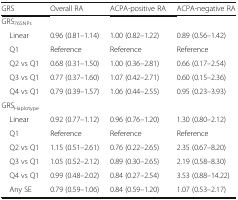
<table><thead><tr><td><b>GRS</b></td><td><b>Overall RA</b></td><td><b>ACPA-positive RA</b></td><td><b>ACPA-negative RA</b></td></tr></thead><tbody><tr><td colspan="4">GRS<sub>76SNPs</sub></td></tr><tr><td> Linear</td><td>0.96 (0.81–1.14)</td><td>1.00 (0.82–1.22)</td><td>0.89 (0.56–1.42)</td></tr><tr><td> Q1</td><td>Reference</td><td>Reference</td><td>Reference</td></tr><tr><td> Q2 vs Q1</td><td>0.68 (0.31–1.50)</td><td>1.00 (0.36–2.81)</td><td>0.66 (0.17–2.54)</td></tr><tr><td> Q3 vs Q1</td><td>0.77 (0.37–1.60)</td><td>1.07 (0.42–2.71)</td><td>0.60 (0.15–2.36)</td></tr><tr><td> Q4 vs Q1</td><td>0.79 (0.39–1.57)</td><td>1.06 (0.44–2.55)</td><td>0.95 (0.23–3.93)</td></tr><tr><td colspan="4">GRS<sub>Haplotype</sub></td></tr><tr><td> Linear</td><td>0.92 (0.77–1.12)</td><td>0.96 (0.76–1.20)</td><td>1.30 (0.80–2.12)</td></tr><tr><td> Q1</td><td>Reference</td><td>Reference</td><td>Reference</td></tr><tr><td> Q2 vs Q1</td><td>1.15 (0.51–2.61)</td><td>0.76 (0.22–2.65)</td><td>2.35 (0.67–8.20)</td></tr><tr><td> Q3 vs Q1</td><td>1.05 (0.52–2.12)</td><td>0.89 (0.30–2.65)</td><td>2.19 (0.58–8.30)</td></tr><tr><td> Q4 vs Q1</td><td>0.99 (0.48–2.02)</td><td>0.84 (0.27–2.54)</td><td>3.53 (0.88–14.22)</td></tr><tr><td> Any SE</td><td>0.79 (0.59–1.06)</td><td>0.84 (0.59–1.20)</td><td>1.07 (0.53–2.17)</td></tr></tbody></table>